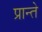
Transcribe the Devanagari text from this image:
प्रान्ते